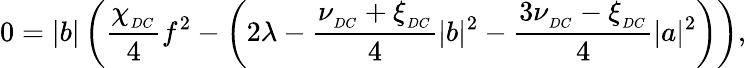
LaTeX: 0=|b|\left(\frac{\chi_{_{DC}}}{4}f^{2}-\left(2\lambda-\frac{\nu_{_{DC}}+\xi_{_{DC}}}{4}|b|^{2}-\frac{3\nu_{_{DC}}-\xi_{_{DC}}}{4}|a|^{2}\right)\right),